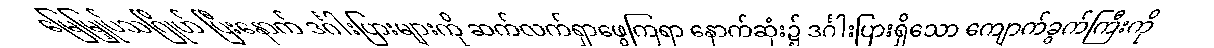
မြေမြှုပ်သဂြိုဟ် ပြီးနောက် ဒင်္ဂါးပြားများကို ဆက်လက်ရှာဖွေကြရာ နောက်ဆုံး၌ ဒင်္ဂါးပြားရှိသော ကျောက်ခွက်ကြီးကို